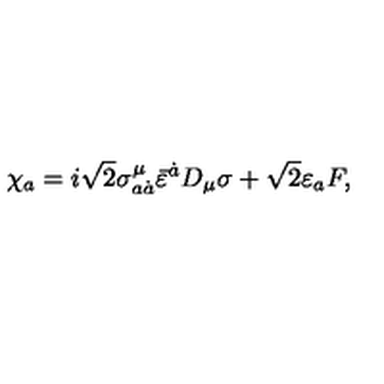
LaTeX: \chi _ { a } = i \sqrt { 2 } \sigma _ { a \dot { a } } ^ { \mu } \bar { \varepsilon } ^ { \dot { a } } D _ { \mu } \sigma + \sqrt { 2 } \varepsilon _ { a } F ,